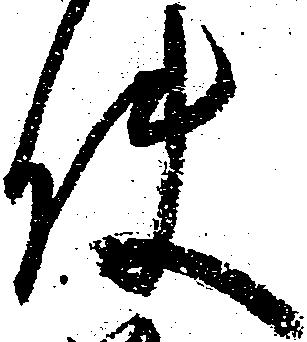
使